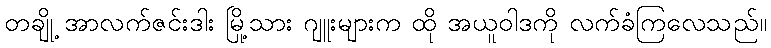
တချို့ အာလက်ဇင်းဒါး မြို့သား ဂျူးများက ထို အယူဝါဒကို လက်ခံကြလေသည်။